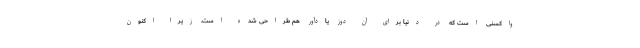
واکسنی است که در دنیا برای آن دوز یادآور هم طراحی شده است. زیرا اکنون